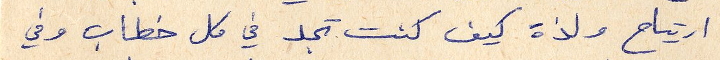
ارتياح ولذة كيف كنت تجد في كل خطاب وفي